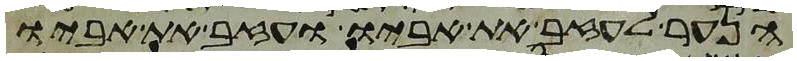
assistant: הנער לעזב את אביו ועזב את אביו